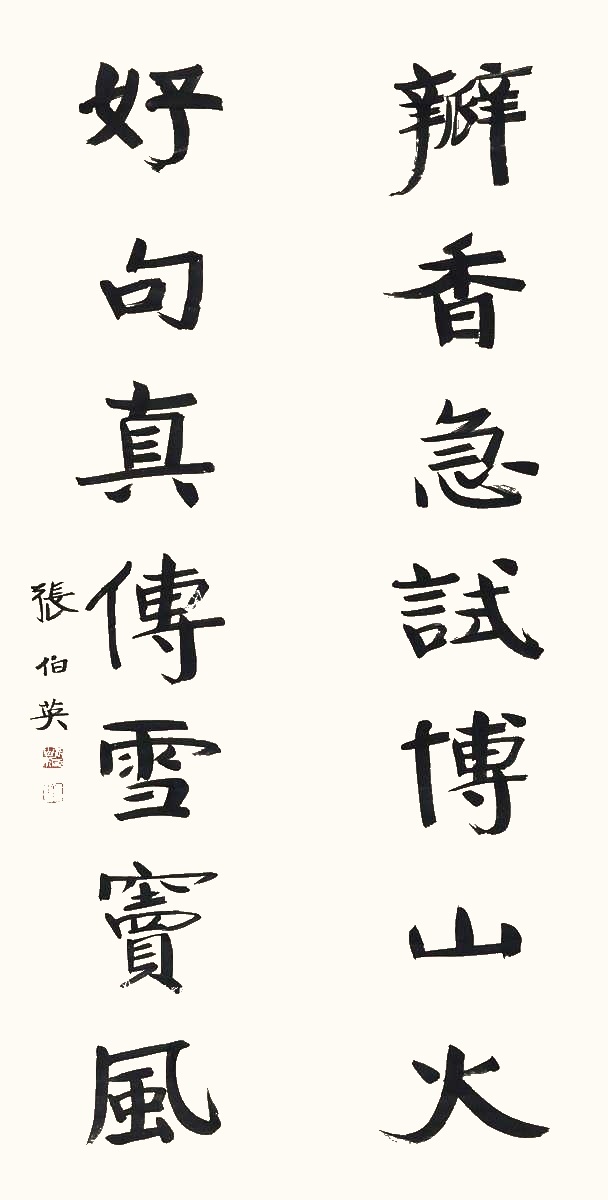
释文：瓣香急试博山火，好句真传雪窦风。张伯英。